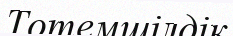
Тотемшілдік